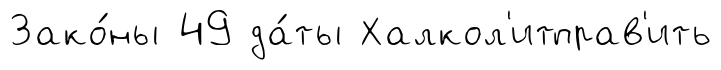
Зако́ны 49 да́ты Халкол'итправ'ить